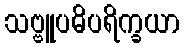
သဗ္ဗူပဓိပရိက္ခယာ